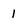
Character: 1